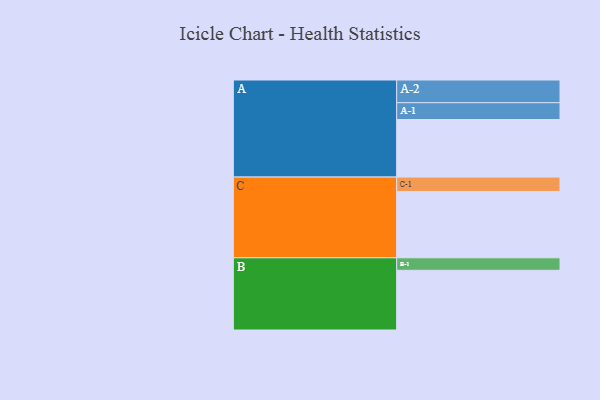
{"axis": {"x": "Segment", "y": "Value"}, "legend": ["", "A", "B", "C"], "data": [{"x": "A", "y": 507, "type": ""}, {"x": "B", "y": 526, "type": ""}, {"x": "C", "y": 583, "type": ""}, {"x": "A-1", "y": 148, "type": "A"}, {"x": "A-2", "y": 200, "type": "A"}, {"x": "B-1", "y": 110, "type": "B"}, {"x": "C-1", "y": 128, "type": "C"}]}